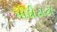
મોદીટાટા